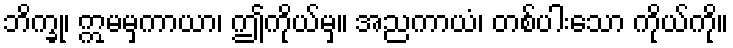
ဘိက္ခု၊ ဣမမှကာယာ၊ ဤကိုယ်မှ။ အညကာယံ၊ တစ်ပါးသော ကိုယ်ကို။